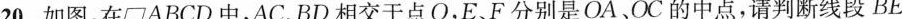
20.如图，在 ▱ABCD中，AC、BD相交于点O，E、F分别是OA、OC的中点，请判断线段BE